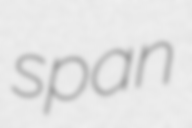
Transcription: span